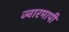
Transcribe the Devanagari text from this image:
ज्वारमापी